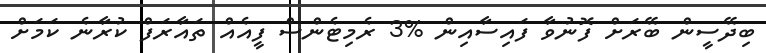
ބިދޭސީން ބޭރަށް ފޮނުވާ ފައިސާއިން %3 ރެމިޓެންސް ފީއެއް ތައާރަފް ކުރާނެ ކަމަށް